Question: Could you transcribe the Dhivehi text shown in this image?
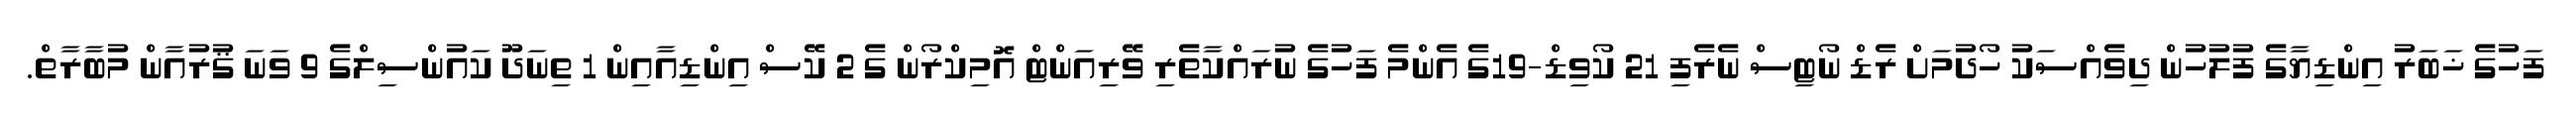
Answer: ފަހުގެ ޚަބަރު އިންޑިޔާގެ ފުލުހުން ދިވެއްސަކު ހޯދުމަށް ރެޑް ނޯޓިސް ނެރެފި 21 ކޯވިޑް-19ގެ އެންމެ ފަހުގެ ނުރައްކާތެރި ވޭރިއަންޓް އޮމިކްރޯން ގެ 2 ކޭސް އިންޑިއާއިން 1 ތިނަދޫ ކައުންސިލްގެ 9 ވަނަ ޤުރުއާން މުބާރާތް.